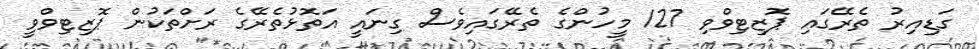
ގަޑިއިރު ތެރޭގައި ޕޮޒިޓިވްވި 127 މީހުންގެ ތެރޭގައިވެސް ގިނައީ އަތޮޅުތެރޭގެ ރަށްތަކުން ޕޮޒިޓިވްވީ